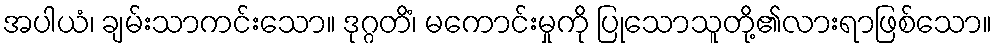
အပါယံ၊ ချမ်းသာကင်းသော။ ဒုဂ္ဂတိံ၊ မကောင်းမှုကို ပြုသောသူတို့၏လားရာဖြစ်သော။